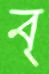
ব্